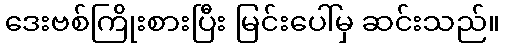
ဒေးဗစ်ကြိုးစားပြီး မြင်းပေါ်မှ ဆင်းသည်။